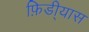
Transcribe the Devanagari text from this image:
फ़िडी्यास